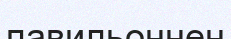
павильоннен